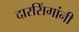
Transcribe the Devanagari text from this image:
दारसिंगांनी